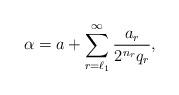
LaTeX: \begin{align*}\alpha= a + \sum_{r=\ell_1}^{\infty}\frac{a_r}{2^{n_r} q_r},\end{align*}